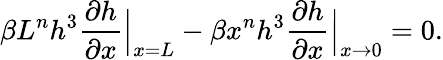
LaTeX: \beta L^{n}h^{3}\frac{\partial h}{\partial x}\Big|_{x=L}-\beta x^{n}h^{3}\frac{\partial h}{\partial x}\Big|_{x\rightarrow 0}=0.